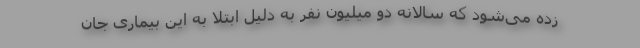
زده می‌شود که سالانه دو میلیون نفر به دلیل ابتلا به این بیماری جان